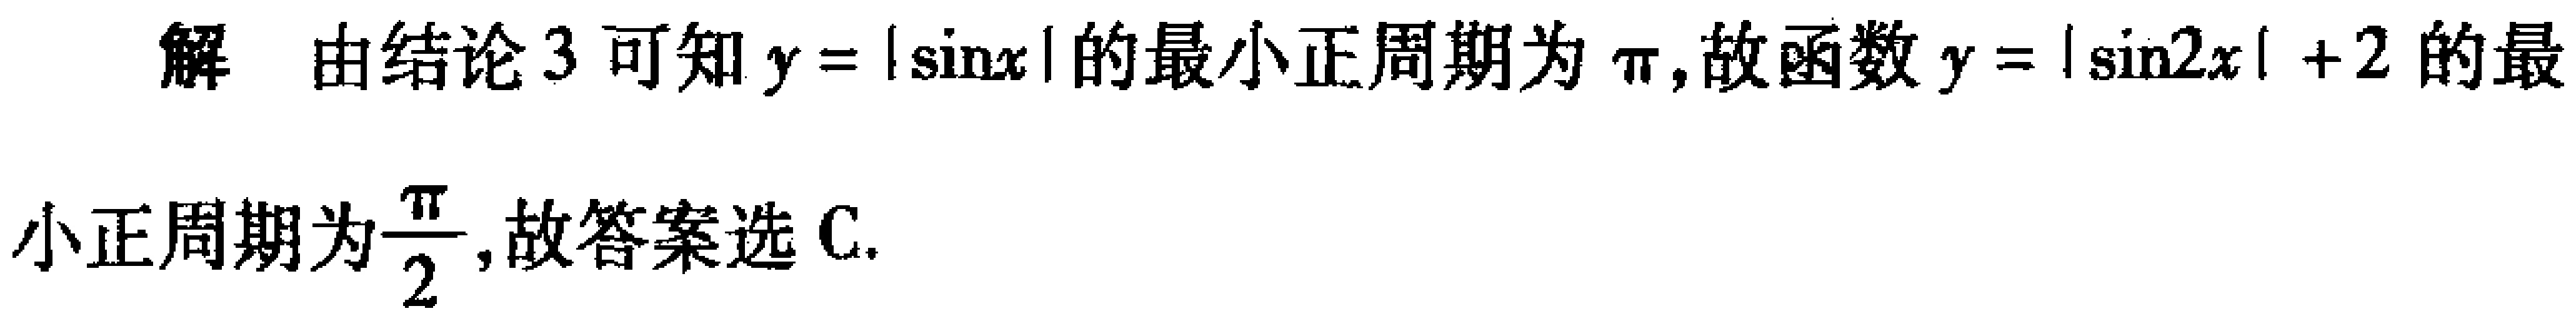
解 由结论3可知\(y = |\sin x|\)的最小正周期为\(\pi\),故函数\(y = |\sin 2x| + 2\)的最

小正周期为\(\frac{\pi}{2}\),故答案选C.